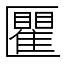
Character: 匷